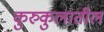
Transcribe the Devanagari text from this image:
कुरुकुलातील